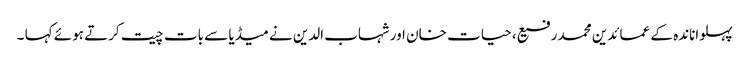
پہلواناندہ کے عمائدین محمد رفیع ، حیات خان اور شہاب الدین نے میڈیا سے بات چیت کرتے ہوئے کہا ۔